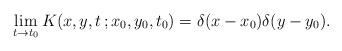
LaTeX: \begin{align*}\lim_{t\to t_0} K(x,y,t\,;x_0,y_0,t_0)=\delta(x-x_0)\delta(y-y_0).\end{align*}